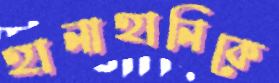
হানাহানিকে